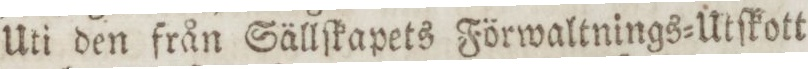
Uti den från Sällſkapets Förwaltnings=Utſkott